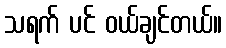
သရက် ပင် ဝယ်ချင်တယ်။